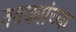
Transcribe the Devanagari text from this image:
तबक्यांच्या